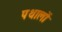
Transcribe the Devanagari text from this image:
पथालों